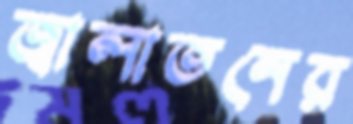
জ্বালাতনের